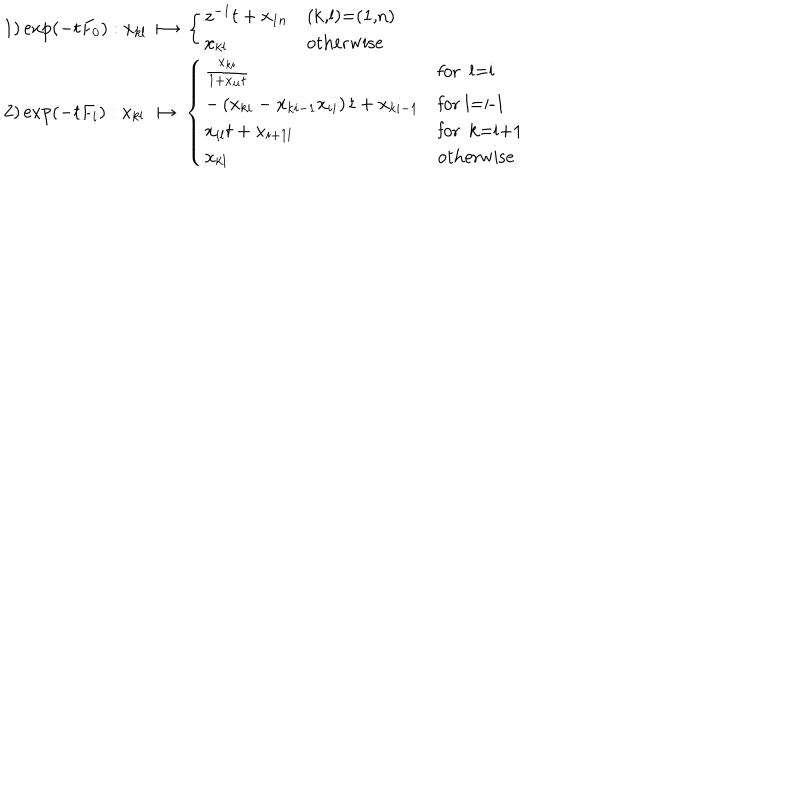
LaTeX: \begin{array} { l } { { 1 ) \exp ( - t F _ { 0 } ) : x _ { k l } \longmapsto \left\{ \begin{array} { l l } { { z ^ { - 1 } t + x _ { 1 n } } } & { { \mathrm { ( k , l ) = ( 1 , n ) } } } \\ { { x _ { k l } } } & { { \mathrm { o t h e r w i s e } } } \\ \end{array} \right. } } \\ { { 2 ) \exp ( - t F _ { i } ) : x _ { k l } \longmapsto \left\{ \begin{array} { l l } { { \frac { x _ { k i } } { 1 + x _ { i i } t } } } & { { \mathrm { f o r ~ l = i ~ } } } \\ { { - \left( x _ { k i } - x _ { k i - 1 } x _ { i i } \right) t + x _ { k i - 1 } } } & { { \mathrm { f o r ~ l = i - 1 ~ } } } \\ { { x _ { i l } t + x _ { i + 1 l } } } & { { \mathrm { f o r ~ k = i + 1 ~ } } } \\ { { x _ { k l } } } & { { \mathrm { o t h e r w i s e } } } \\ \end{array} \right. } } \\ \end{array}